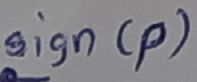
Text: Sign(p)